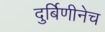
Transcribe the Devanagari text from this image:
दुर्बिणीनेच